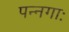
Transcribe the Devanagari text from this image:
पन्नगाः